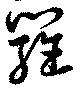
羅